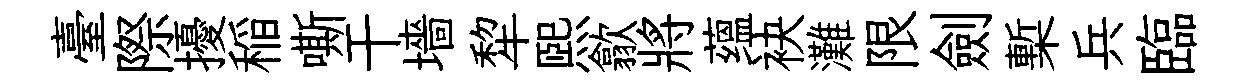
臺際擾稲嘶干墻犂熙歙將蕴袂灘限劍槧兵臨